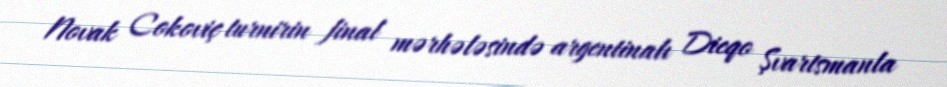
Novak Cokoviç turnirin final mərhələsində argentinalı Dieqo Şvartsmanla